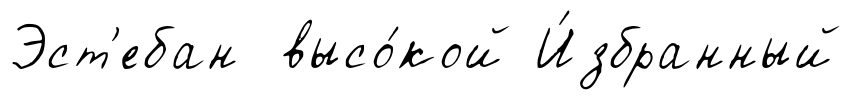
Эст'ебан высо́кой И́збранный